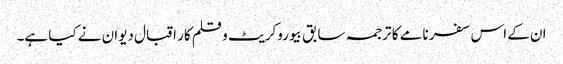
ان کے اس سفر نامے کا ترجمہ سابق بیوروکریٹ و قلم کار اقبال دیوان نے کیا ہے۔